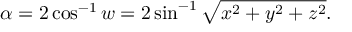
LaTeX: \alpha = 2 \cos ^ { - 1 } w = 2 \sin ^ { - 1 } { \sqrt { x ^ { 2 } + y ^ { 2 } + z ^ { 2 } } } .